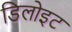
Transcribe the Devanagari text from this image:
डिलोइट